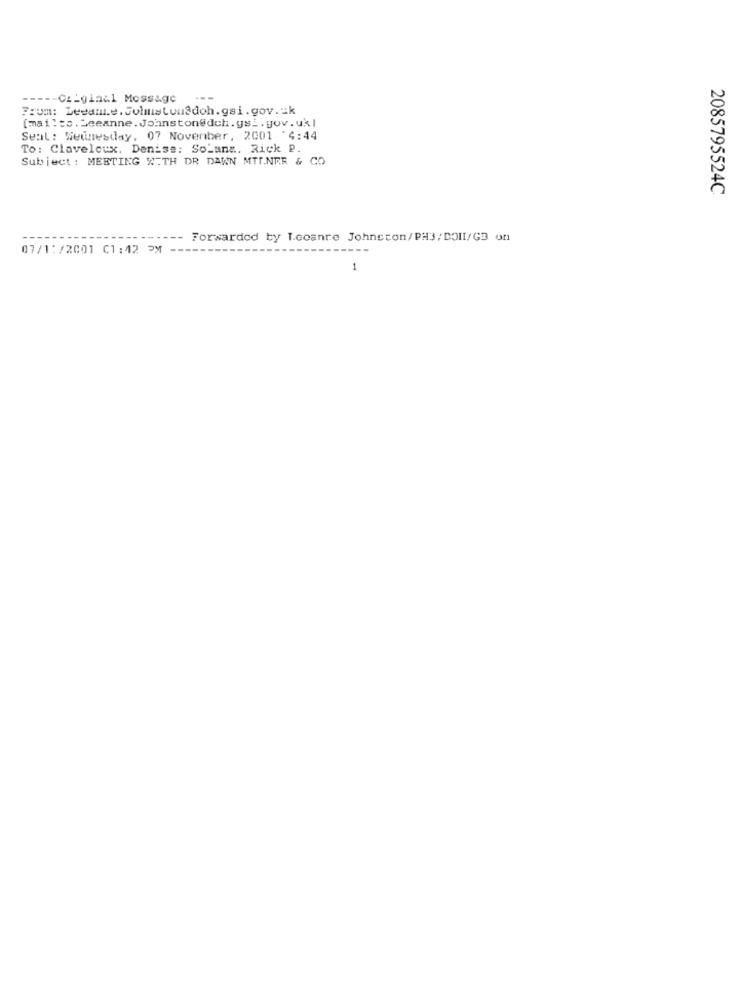
---- Cziginal Message
From: Leeanne. Juliustousdoh.gsi.gov.uk
[mailto.Leeanne. Johnston@dch.ys _. gov. uk|
Seat: Wednesday, 07 November, 2001 '4:44
To: Clavelcux. Denise: So_ana. Rick P.
Subject : MEETING WITH DR DAWN MTF.NER & CO
2085795524C
Forwarded by T.coanre Johnston/PH3/ DOII/GB of1
07/1:/2001 01:42 PM
1